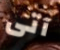
آتى